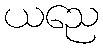
ယညေ